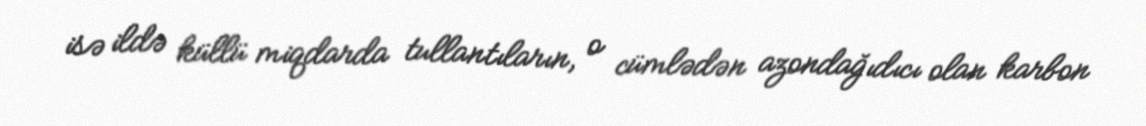
isə ildə küllü miqdarda tullantıların, o cümlədən azondağıdıcı olan karbon